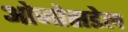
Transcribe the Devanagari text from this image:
ओजोसडेल